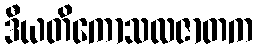
ဒီယတိကောသလဇာတက